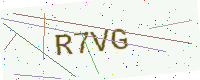
Text: R7VG